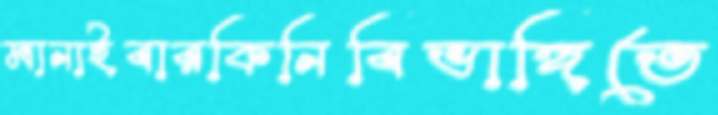
মানাইবারকিনিবিভাঙ্গিতে